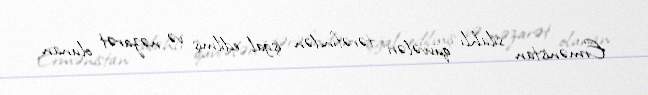
Ermənistan silahlı qüvvələri tərəfindən işğal edilmiş və nəzarət olunan